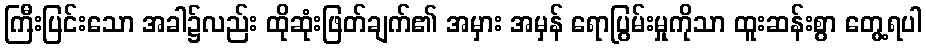
ကြီးပြင်းသော အခါ၌လည်း ထိုဆုံးဖြတ်ချက်၏ အမှား အမှန် ရောပြွမ်းမှုကိုသာ ထူးဆန်းစွာ တွေ့ရပါ